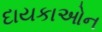
દાયકાઓન